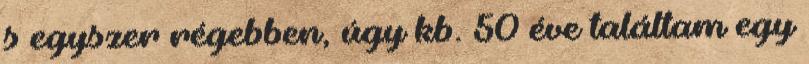
s egyszer régebben, úgy kb. 50 éve találtam egy